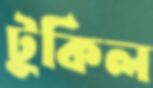
টুকিল